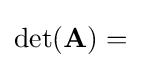
\mathrm {det} (\mathbf {A} )={}\!